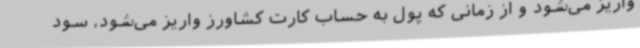
واریز می‌شود و از زمانی که پول به حساب کارت کشاورز واریز می‌شود، سود